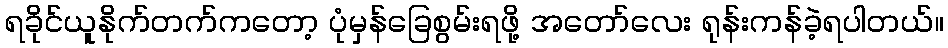
ရခိုင်ယူနိုက်တက်ကတော့ ပုံမှန်ခြေစွမ်းရဖို့ အတော်လေး ရုန်းကန်ခဲ့ရပါတယ်။